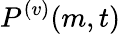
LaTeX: P^{(v)}({m},{t})